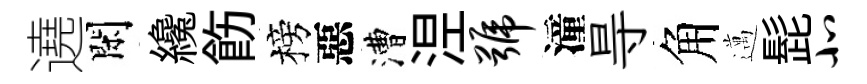
遶閑纔飭榜惡漕𣵀号潼㝵角邁髭北